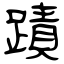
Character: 蹟